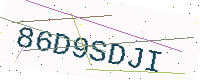
Text: 86D9SDJI